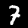
Digit: 7